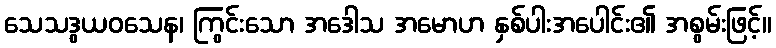
သေသဒွယဝသေန၊ ကြွင်းသော အဒေါသ အမောဟ နှစ်ပါးအပေါင်း၏ အစွမ်းဖြင့်။